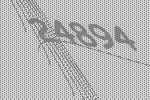
24894